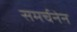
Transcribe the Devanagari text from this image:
समर्चनेन